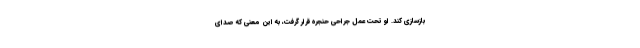
بازسازی کند. او تحت عمل جراحی حنجره قرار گرفت، به این معنی که صدای